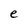
Character: e